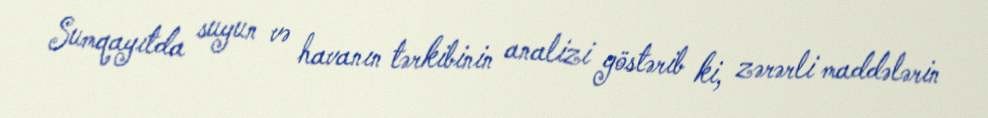
Sumqayıtda suyun və havanın tərkibinin analizi göstərib ki, zərərli maddələrin